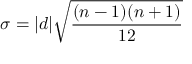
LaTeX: \sigma = | d | { \sqrt { \frac { ( n - 1 ) ( n + 1 ) } { 1 2 } } }